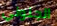
الجنوني